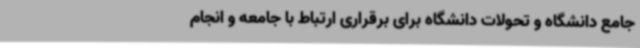
جامع دانشگاه و تحولات دانشگاه برای برقراری ارتباط با جامعه و انجام